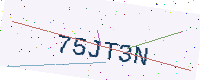
Text: 75JT3N